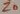
Text: Z0